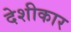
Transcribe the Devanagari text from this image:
देशीकार